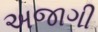
અજાગી